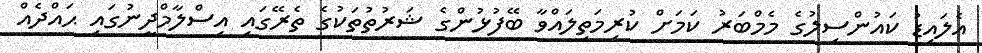
އެލައިޑު ކައުންސިލުގެ މެމްބަރު ކަމަށް ކުރިމަތިލައްވާ ބޭފުޅުންގެ ޝަރުތުތަކުގެ ތެރޭގައި އިސްލާމްދީނުގައި ޙައްދެއް